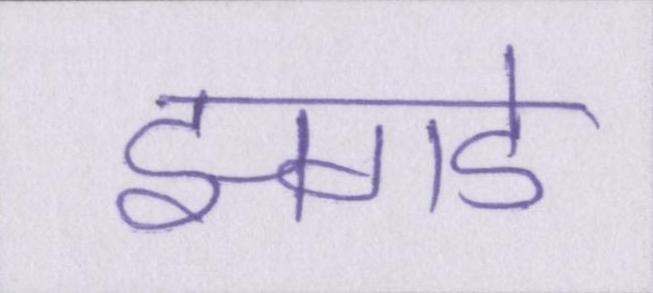
झगडे